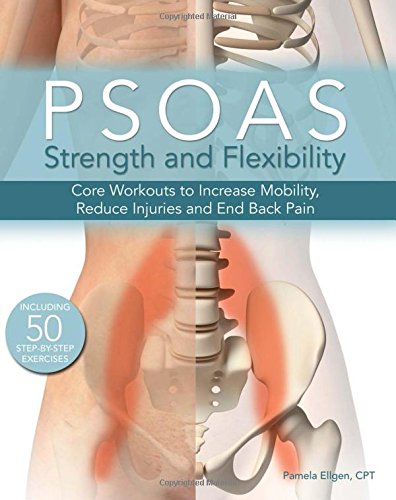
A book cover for Psoas Strength and Flexibility: Core Workouts to Increase Mobility, Reduce Injuries and End Back Pain; Pamela Ellgen; Health, Fitness & Dieting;